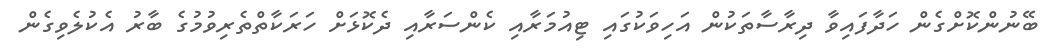
ބޭނުންކޮށްގެން ހަދާފައިވާ ދިރާސާތަކުން އަހިވަކުގައި ޓިއުމަރާއި ކެންސަރާއި ދެކޮޅަށް ހަރަކާތްތެރިވުމުގެ ބާރު އެކުލެވިގެން